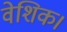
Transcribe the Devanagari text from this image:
वेशिक।